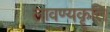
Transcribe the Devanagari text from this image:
लावण्यकॄति